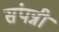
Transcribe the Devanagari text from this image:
संपन्नी